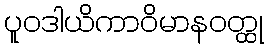
ပူဝဒါယိကာဝိမာနဝတ္ထု